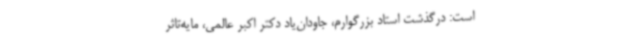
است: درگذشت استاد بزرگوارم، جاودان‌یاد دکتر اکبر عالمی، مایه‌تاثر